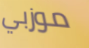
موزبي